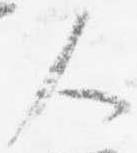
人